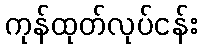
ကုန်ထုတ်လုပ်ငန်း